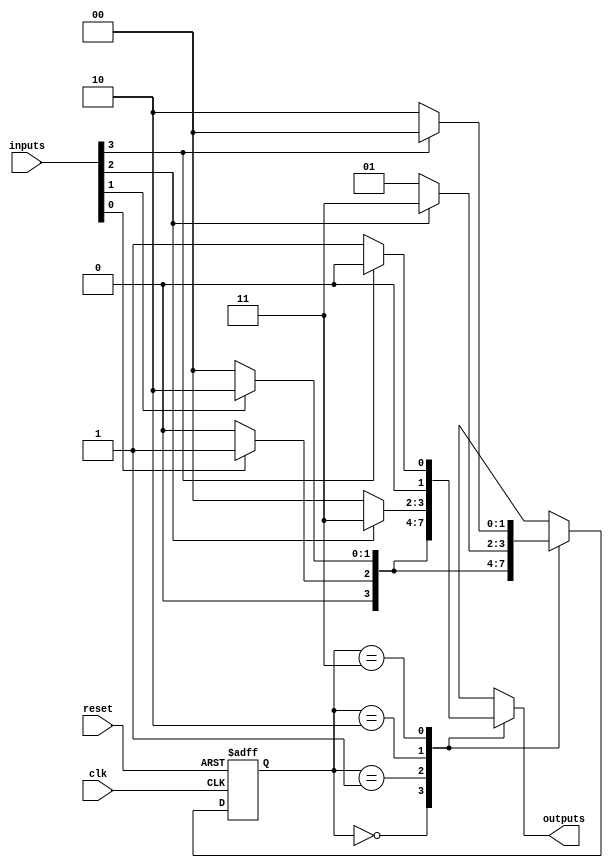
module VariableInputMealyFSM #(
    parameter STATE_WIDTH = 2, // Number of bits for state representation
    parameter INPUT_WIDTH = 4   // Number of bits for input signals
)(
    input wire clk,              // Clock signal
    input wire reset,            // Reset signal
    input wire [INPUT_WIDTH-1:0] inputs, // Variable input signals
    output reg [1:0] outputs     // Outputs of the FSM
);

    // State encoding
    localparam STATE_A = 2'b00;
    localparam STATE_B = 2'b01;
    localparam STATE_C = 2'b10;
    localparam STATE_D = 2'b11;

    // State register
    reg [STATE_WIDTH-1:0] current_state, next_state;

    // Next state logic
    always @(*) begin
        case (current_state)
            STATE_A: begin
                if (inputs[0]) next_state = STATE_B;
                else next_state = STATE_A;
            end
            STATE_B: begin
                if (inputs[1]) next_state = STATE_C;
                else next_state = STATE_A;
            end
            STATE_C: begin
                if (inputs[2]) next_state = STATE_D;
                else next_state = STATE_B;
            end
            STATE_D: begin
                if (inputs[3]) next_state = STATE_A;
                else next_state = STATE_C;
            end
            default: next_state = STATE_A; // Default state
        endcase
    end

    // Output logic (Mealy output)
    always @(*) begin
        case (current_state)
            STATE_A: outputs = (inputs[0]) ? 2'b01 : 2'b00;
            STATE_B: outputs = (inputs[1]) ? 2'b10 : 2'b00;
            STATE_C: outputs = (inputs[2]) ? 2'b11 : 2'b00;
            STATE_D: outputs = (inputs[3]) ? 2'b00 : 2'b01;
            default: outputs = 2'b00; // Default output
        endcase
    end

    // State transition on clock edge
    always @(posedge clk or posedge reset) begin
        if (reset) begin
            current_state <= STATE_A; // Initialize to state A on reset
        end else begin
            current_state <= next_state; // Update state
        end
    end

endmodule